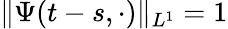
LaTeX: \| \Psi(t-s,\cdot)\| _{L^{1}}=1